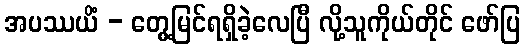
အပဿယိံ - တွေ့မြင်ရရှိခဲ့လေပြီ လို့သူကိုယ်တိုင် ဖော်ပြ